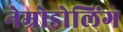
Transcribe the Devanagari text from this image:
नेम्रोडोलिंग